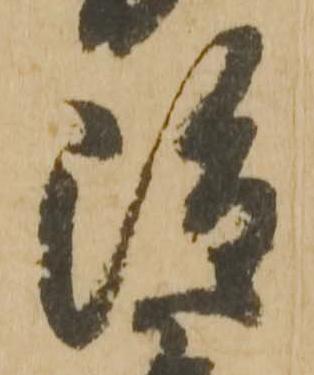
雖